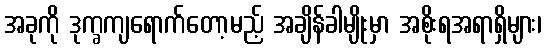
အခုကို ဒုက္ခကျရောက်တော့မည့် အချိန်ခါမျိုးမှာ အစိုးရအရာရှိများ၊